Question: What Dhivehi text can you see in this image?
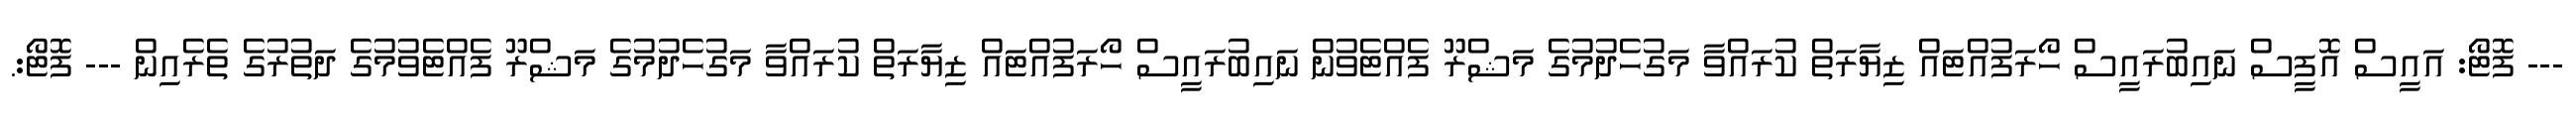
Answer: --- ފޮޓޯ: އައީސް އޮފީސް ނައިބުރައީސް ހޯރަފުއްޓައް ޒިޔާރަތް ކުރައްވާ މަގުހެދުމުގެ މަޝްރޫ ފެއްޓެވުން ނައިބުރައީސް ހޯރަފުއްޓައް ޒިޔާރަތް ކުރައްވާ މަގުހެދުމުގެ މަޝްރޫ ފެއްޓެވުމުގެ ދަތުރުގެ ތެރެއިން --- ފޮޓޯ:.